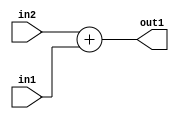
`timescale 1ps / 1ps
/*****************************************************************************
    Verilog RTL Description
    
    
    Created by: Stratus DpOpt 21.05.01 
*******************************************************************************/

module dut_Add_32Ux8U_32U_4 (
	in2,
	in1,
	out1
	); /* architecture "behavioural" */ 
input [31:0] in2;
input [7:0] in1;
output [31:0] out1;
wire [31:0] asc001;

assign asc001 = 
	+(in2)
	+(in1);

assign out1 = asc001;
endmodule

/* CADENCE  ubD1Qwo= : u9/ySxbfrwZIxEzHVQQV8Q== ** DO NOT EDIT THIS LINE ******/